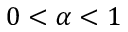
0 < \alpha < 1